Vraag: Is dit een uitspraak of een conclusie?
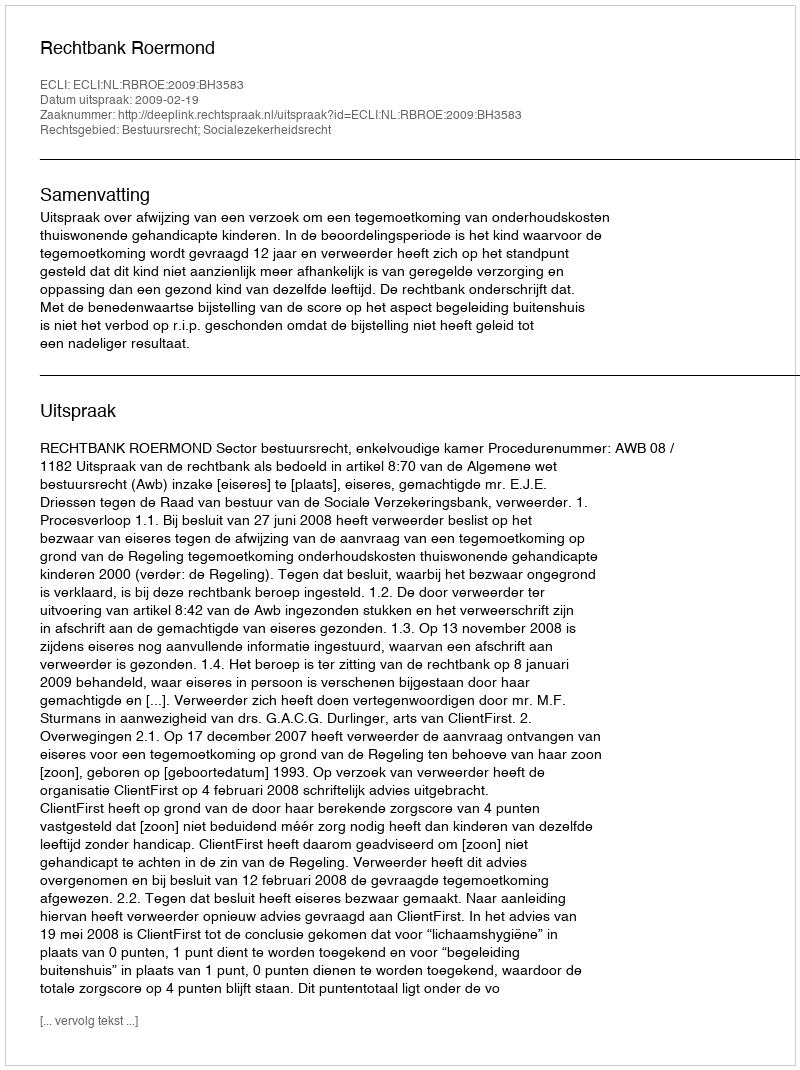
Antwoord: Uitspraak